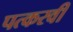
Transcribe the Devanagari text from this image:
पत्करवी